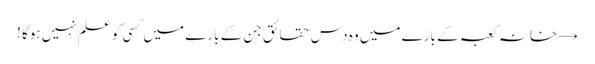
→ خانہ کعبہ کے بارے میں وہ دس حقائق جن کے بارے میں کسی کو علم نہیں ہوگا !